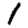
Digit: 1